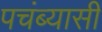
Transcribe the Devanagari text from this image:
पचंब्यासी